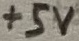
Text: +5V